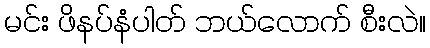
မင်း ဖိနပ်နံပါတ် ဘယ်လောက် စီးလဲ။